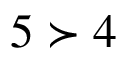
5 \succ 4